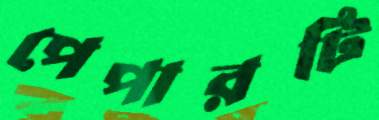
পেপারটি